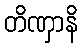
တိဏှာနိ